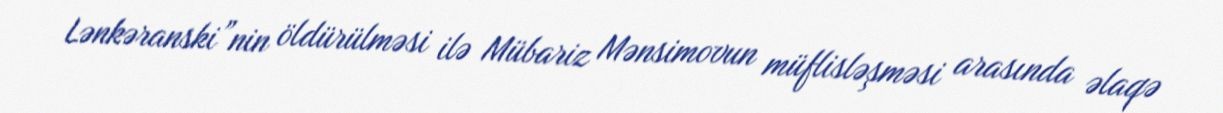
Lənkəranski”nin öldürülməsi ilə Mübariz Mənsimovun müflisləşməsi arasında əlaqə